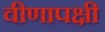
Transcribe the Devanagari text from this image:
वीणापक्षी